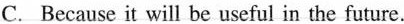
C.Because it will be useful in the future